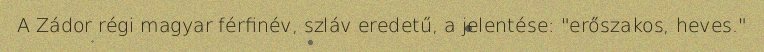
A Zádor régi magyar férfinév, szláv eredetű, a jelentése: "erőszakos, heves."